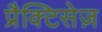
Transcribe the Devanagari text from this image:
प्रैक्टिसेज़